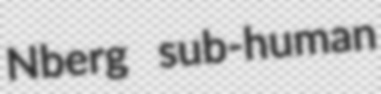
Nberg sub-human